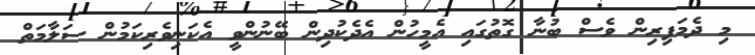
މި ދެމަފިރިން ވެސް ބުނާ ގޮތުގައި އެމީހުން އެދެކުދިން ބޭނުންވީ އެކަނިވެރިކަމުން ސަލާމަތް